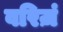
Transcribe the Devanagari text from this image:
वरिज़ं